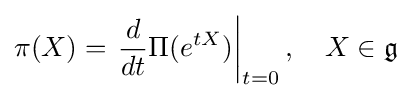
\pi (X)=\left.{\frac {d}{dt}}\Pi (e^{tX})\right|_{t=0},\quad X\in {\mathfrak {g}}